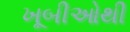
ખૂબીઓથી